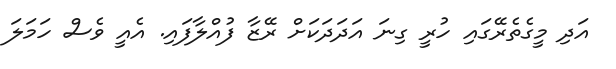
އަދި މީގެތެރޭގައި ހުރީ ގިނަ އަދަދަކަށް ރޭޒާ ފުއްލާފައި. އެއީ ވެސް ހަމަލަ